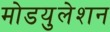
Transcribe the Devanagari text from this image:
मोडयुलेशन